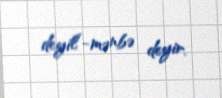
deyil”-mənbə deyir.